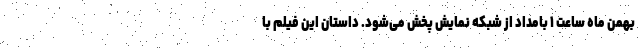
بهمن ماه ساعت ۱ بامداد از شبکه نمایش پخش می‌شود. داستان این فیلم با